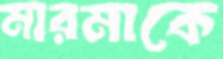
মারমাকে